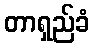
တာရှည်ခံ